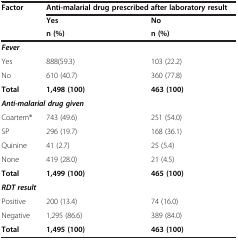
<table><thead><tr><td rowspan="3"><b>Factor</b></td><td colspan="2"><b>Anti-malarial drug prescribed after laboratory result</b></td></tr><tr><td><b>Yes</b></td><td><b>No</b></td></tr><tr><td><b>n (%)</b></td><td><b>n (%)</b></td></tr></thead><tbody><tr><td colspan="3"><b><i>Fever</i></b></td></tr><tr><td>Yes</td><td>888(59.3)</td><td>103 (22.2)</td></tr><tr><td>No</td><td>610 (40.7)</td><td>360 (77.8)</td></tr><tr><td><b>Total</b></td><td><b>1,498 (100)</b></td><td><b>463 (100)</b></td></tr><tr><td colspan="3"><b><i>Anti-malarial drug given</i></b></td></tr><tr><td>Coartem<sup>®</sup></td><td>743 (49.6)</td><td>251 (54.0)</td></tr><tr><td>SP</td><td>296 (19.7)</td><td>168 (36.1)</td></tr><tr><td>Quinine</td><td>41 (2.7)</td><td>25 (5.4)</td></tr><tr><td>None</td><td>419 (28.0)</td><td>21 (4.5)</td></tr><tr><td><b>Total</b></td><td><b>1,499 (100)</b></td><td><b>465 (100)</b></td></tr><tr><td colspan="3"><b><i>RDT result</i></b></td></tr><tr><td>Positive</td><td>200 (13.4)</td><td>74 (16.0)</td></tr><tr><td>Negative</td><td>1,295 (86.6)</td><td>389 (84.0)</td></tr><tr><td><b>Total</b></td><td><b>1,495 (100)</b></td><td><b>463 (100)</b></td></tr></tbody></table>